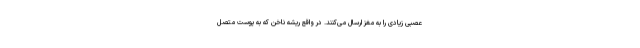
عصبی زیادی را به مغز ارسال می‌کنند. در واقع ریشه ناخن که به پوست متصل